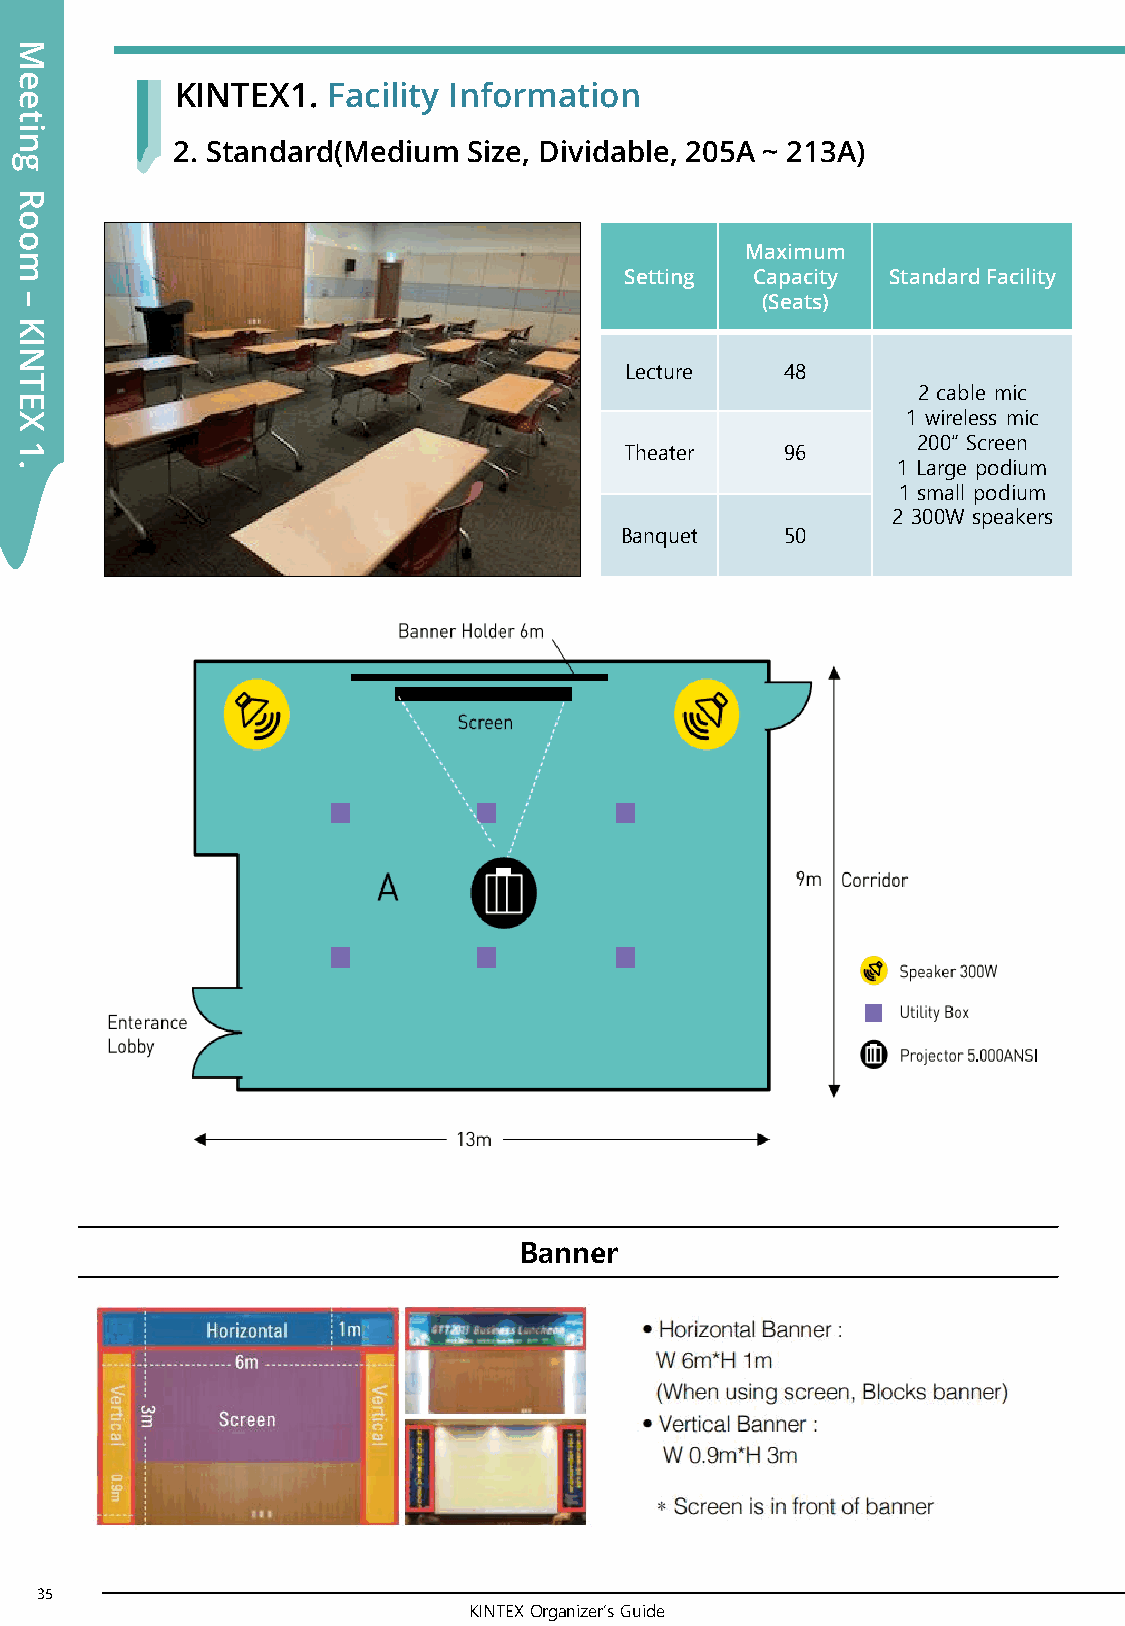
M
 e
 KINTEX1.  Facility Information
 e
 t
 i
 n
 2. Standard(Medium  Size, Dividable, 205A ~ 213A)
 g
 R
 o
 o
 Maximum
 m
 Setting  Capacity Standard Facility
 –                                                (Seats)
 K
 I
 N
 Lecture    48
 T
 2 cable mic
 E
 X                                                          1 wireless mic
 200” Screen
 1                                       Theater    96
 .                                                         1 Large podium
 1 small podium
 2 300W speakers
 Banquet    50
 Banner
 35
 KINTEX Organizer’s Guide